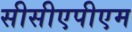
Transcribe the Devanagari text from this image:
सीसीएपीएम